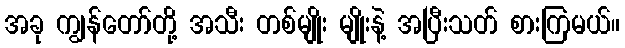
အခု ကျွန်တော်တို့ အသီး တစ်မျိုး မျိုးနဲ့ အပြီးသတ် စားကြမယ်။